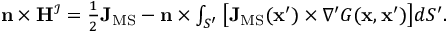
\begin{array} { r } { \mathbf { n } \times \mathbf { H } ^ { \mathcal { I } } = \frac { 1 } { 2 } \mathbf { J } _ { \mathrm { M S } } - \mathbf { n } \times \int _ { S ^ { \prime } } \big [ \mathbf { J } _ { \mathrm { M S } } ( \mathbf { x } ^ { \prime } ) \times \nabla ^ { \prime } G ( \mathbf { x } , \mathbf { x } ^ { \prime } ) \big ] d S ^ { \prime } . } \end{array}